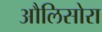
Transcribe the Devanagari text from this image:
औलिसोरा